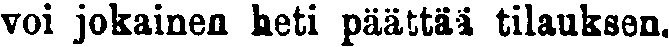
voi jokainen heti päättää tilauksen.